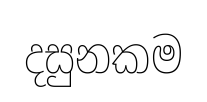
දසුනකම